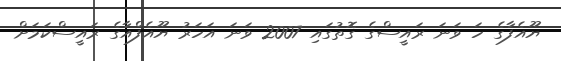
ޔޫއެފާގެ ހަ ވަނަ ރައީސްގެ ގޮތުގައި 2007 ވަނަ އަހަރު ޔޫއެފްއާގެ ރައީސްކަމަށް